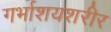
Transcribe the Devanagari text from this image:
गर्भाशयशरीर